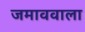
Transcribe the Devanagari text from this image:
जमाववाला